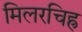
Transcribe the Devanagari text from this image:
मिलरचिह्र